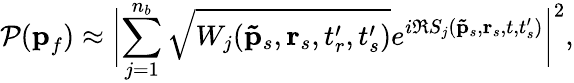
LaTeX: \mathcal{P}(\textbf{p}_{f})\approx\biggl|\displaystyle\sum_{j=1}^{n_{b}}\sqrt{W_{j}(\mathbf{\tilde{p}}_{s},\textbf{r}_{s},t_{r}^{\prime},t_{s}^{\prime})}e^{i\Re S_{j}(\mathbf{\tilde{p}}_{s},\textbf{r}_{s},t,t_{s}^{\prime})}\biggr|^{2},